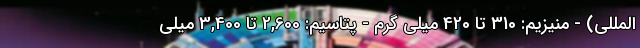
المللی) - منیزیم: 310 تا 420 میلی گرم - پتاسیم: 2,600 تا 3,400 میلی